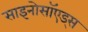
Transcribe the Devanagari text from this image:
साइनोसॉएड्स